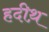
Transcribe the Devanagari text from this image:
हदीथ़